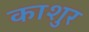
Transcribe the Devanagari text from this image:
काशुर